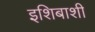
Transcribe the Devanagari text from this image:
इशिबाशी